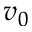
v _ { 0 }